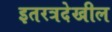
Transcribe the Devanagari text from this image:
इतरत्रदेखील